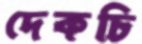
দেকচি